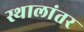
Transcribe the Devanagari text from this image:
स्थालांतर